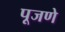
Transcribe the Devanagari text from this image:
पूजणे